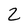
Character: 2